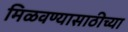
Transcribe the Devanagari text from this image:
मिळवण्यासाठीच्या